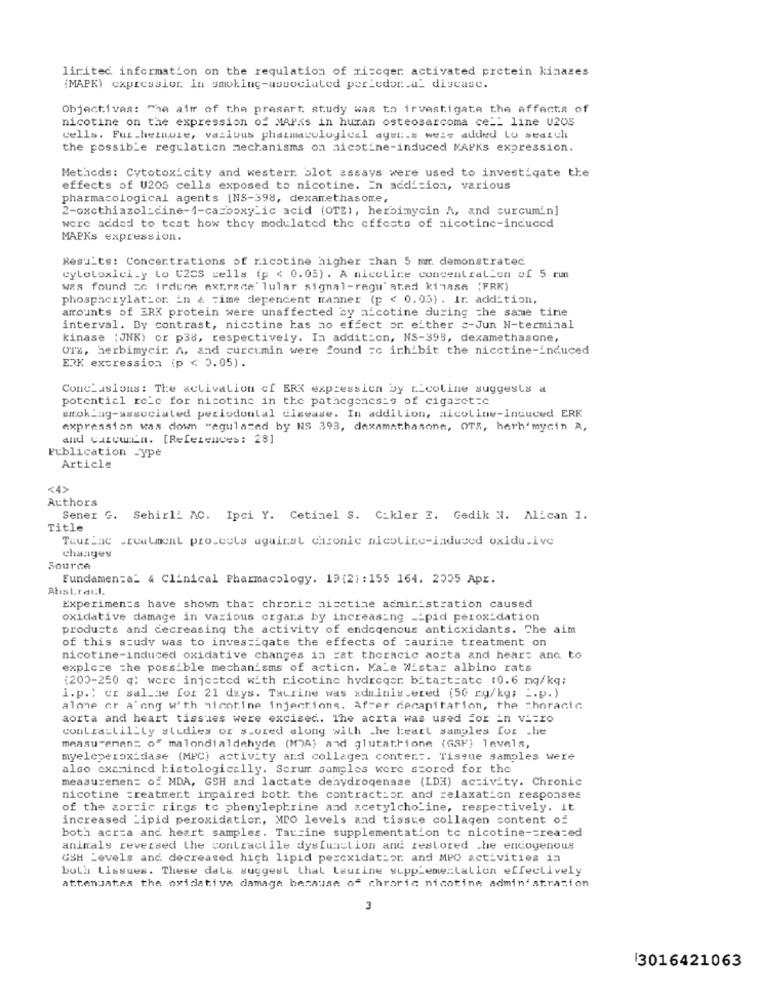
lirited information on the regulation of riscqer activated protein kinases
{MAPK) expression in smoking-associated per_cdor.al disease.
Objectives: The aim of the presart study was to investigate the effects of
nicotine on the expression of MAPKs in huran osteosarcoma ce __ line U2OS
cells. Furthermore, vailous pharmacological ayet :. s weis added Lu seazul
the possible regulation mechanisms on nicotine-induced MAPKs expression.
Methods: Cytotoxicity and western blot assays were used to investigate the
effects of U20S cells exposed to nicotine. In addition, various
pharmacological agents [NS-398, dexamethasone,
2-oxcthiazol:cine-1-carboxyLic acid (OTZ), herbimmycin A, and curcumin]
were added to test how they modulated the effects of nicotine-induced
MAPKs expression.
Results: Concentrations of ricotine higher than 5 mm. demonstrated
cytotoxici_y Lo t2cs cells (p < 0.05). A nicelice concentration of 5 rum
was found zo irduce extrace' lular signal-regu'stad kinase {FRK)
phosphorylation. in a time dependent manner (p < 0.05). Ir. addition,
amounts of ERK protein were unaffected by nicotine during the same time
interval. By contrast, nicstine has no effect or either c-Jun N-terminal
kinase (JNK) or p38, respectively. In addition, NS-395, dexamethasone,
OTz, herbimycir A, and curcumin were found :c inhibit the nicctine-induced
ERK expression (p < 0.05).
Conclusions: The activation of BRK expressien by E-coline suggests a
potential role for nicotine in the pathegenesis of cigaret=c
woklag-associated periodontal disease. In addition, aicoline-induced ERK
expression vas down "agulazed by NS 393, dexamathasone, OTS, herb mycin A,
and cazcuin. [References: 28]
Publication -ype
Article
<4>
Authors
Sener G. Sehirli AC. Ipci Y. Cetinel S. Cikler 2. Gedik N. Alican I.
Title
Tauriac .realmont pro.cuts against chronic nicotine-induced oxidu.ive
changes
Source
Fundamen:a_ & Clinical Pharmacology. 19 (2) : 155 164. 2005 Apr.
Abstract
Experiments have shown that chronic aicctine administration caused
oxidative damage in various organs by increasing __ pid peroxidation
products and decreasing the activity of endeqenous anticxidants. The aim
of this study was to investigate the effects of =aurine treatment on
nicotine-induced oxidative changes in zat thoracic aorta and heart and to
exploze the possible mechanisms of action. Kale Wista: albino rats
(200-250 q: were injected with nicotine hydreger bitartrate (0.6 mg/kq;
i.p .; er sal_ne for 21 days. Taurine was xdminis.ered (50 ry/kg; _. p.)
alone or a ong with nicotine injections. After decapitation, the thoracic
aorta and heart tissues were excisec. The acrta was used for En v == ro
contractility #lidies or s.vred along with the heart samples for .he
measurement of malondialdehyde (M)A) and glutathione (GSF) levels,
myeleperoxidase (MPC) activity and collagen conter :. Tisque samples were
also examined histologically. Sorum samples were scored for the
measuremen= of MDA, GSH and lactate dehydrogenase (LDH) activity. Chronic
nicotine treatment impaired both the contract:or and relaxation responses
of the aortic rings to phenylephrine and acetylcholine, respectively. it
increased Lipid peroxidation, MPO levels and tissue collagen content of
both acrta and heart samples. Tartine supplementation to nicotine-created
animaly reversed the contractile dysfunction and restored .he endogenous
GSH Levels and decreased high lipid pexcxidathor and MPO activities in
both Lissues. These dala suggest that Laurine supplementation effectively
attenuates the oxidative damage because of chroric nicotine administration
3
3016421063